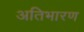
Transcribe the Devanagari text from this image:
अतिभारण